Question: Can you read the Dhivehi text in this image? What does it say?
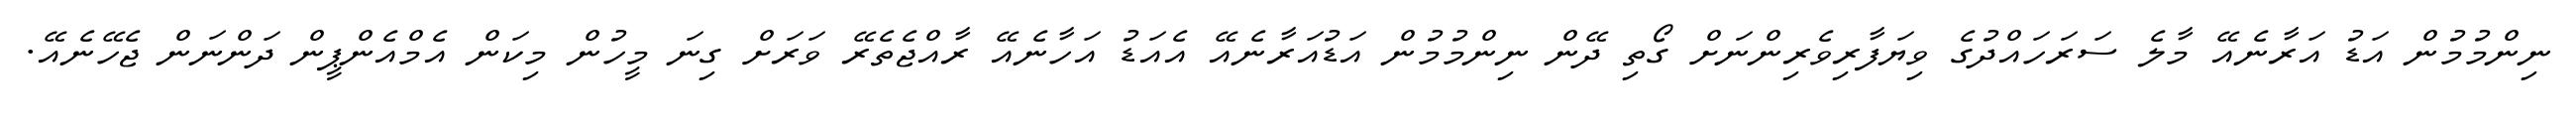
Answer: ނިންމުމުން އަޑު އަރާނެއޭ މާލެ ސަރަހައްދުގެ ވިޔަފާރިވެރިންނަށް ގޯތި ދޭން ނިންމުމުން އަޑުއަރާނެއޭ އެއަޑު އަހާނެއޭ ރާއްޖެތެރޭ ވަރަށް ގިނަ މީހުން މިކަން އެމްއެންޕީން ދަންނަން ޖެހޭނެއޭ.